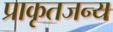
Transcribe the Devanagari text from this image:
प्राकृतजन्य